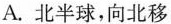
A.北半球，向北移